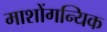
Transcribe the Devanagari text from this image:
माशोंगन्यिक